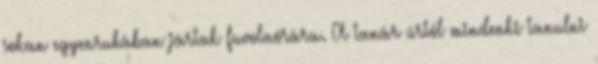
sokan egyenruhában jártak fuvolaórára. A tanár úrtól mindenki tanulni